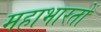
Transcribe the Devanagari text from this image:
महाभारतों